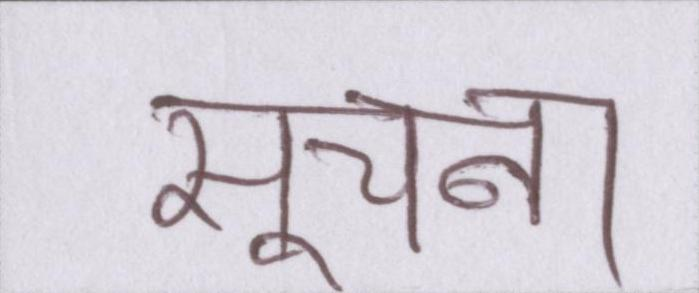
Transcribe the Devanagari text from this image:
सूचना